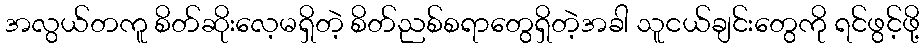
အလွယ်တကူ စိတ်ဆိုးလေ့မရှိတဲ့ စိတ်ညစ်စရာတွေရှိတဲ့အခါ သူငယ်ချင်းတွေကို ရင်ဖွင့်ဖို့